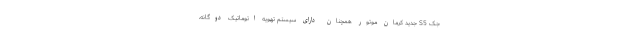
جک S5 جدید کرمان موتور همچنان دارای سیستم تهویه اتوماتیک دوگانه،